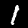
Digit: 1